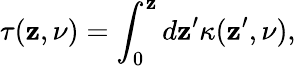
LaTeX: \tau(\mathbf{z},\nu)=\int_{0}^{\mathbf{z}}d\mathbf{z}^{\prime}\kappa(\mathbf{z}^{\prime},\nu),